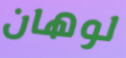
لوهان